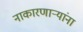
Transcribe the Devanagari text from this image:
नाकारणार्‍यांना